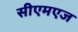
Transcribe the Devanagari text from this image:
सीएमएज